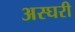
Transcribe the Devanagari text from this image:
अस्घरी